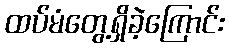
ထပ်မံတွေ့ရှိခဲ့ကြောင်း